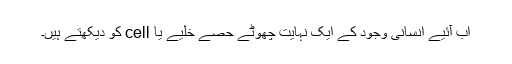
اب آئیے انسانی وجود کے ایک نہایت چھوٹے حصے خلیے یا cell کو دیکھتے ہیں۔